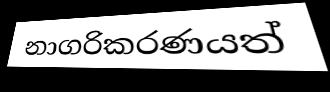
නාගරිකරණයත්